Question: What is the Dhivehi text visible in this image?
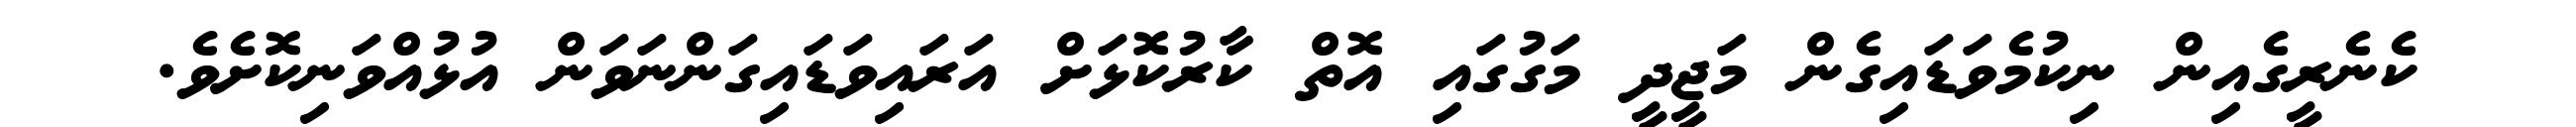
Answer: ކެނެރީގެއިން ނިކުމެވަޑައިގެން މަޖީދީ މަގުގައި އޮތް ކާރުކޮޅަށް އަރައިވަޑައިގަންނަވަން އުޅުއްވަނިކޮށެވެ.